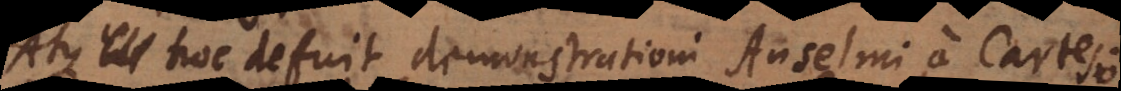
Atque hoc defuit demonstrationi Anselmi, a Cartesio